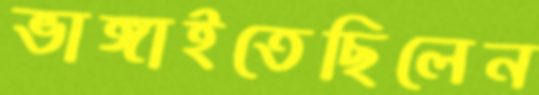
ভাঙ্গাইতেছিলেন